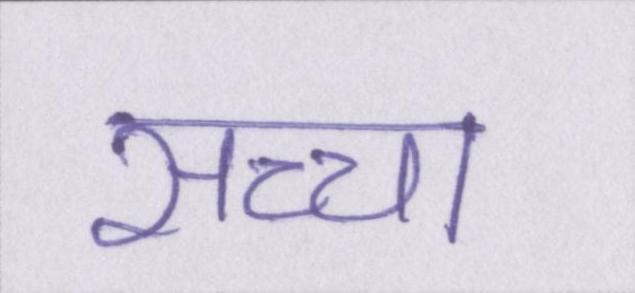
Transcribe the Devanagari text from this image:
सच्चा